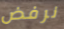
نرفض